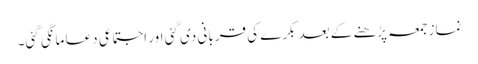
نماز جمعہ پڑھنے کے بعد بکرے کی قربانی دی گئی اور اجتماعی دعا مانگی گئی۔